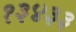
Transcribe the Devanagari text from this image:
१३४३३